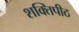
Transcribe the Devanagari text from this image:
शक्‍ितपीठ